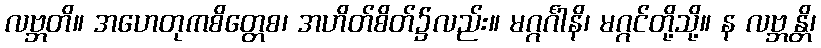
လဗ္ဘတိ။ အဟေတုကစိတ္တေစ၊ အဟိတ်စိတ်၌လည်း။ မဂ္ဂင်္ဂါနိ၊ မဂ္ဂင်တို့သို့။ န လဗ္ဘန္တိ၊